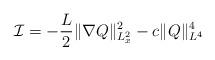
LaTeX: \begin{align*}\mathcal{I}=-\frac{L}{2}\|\nabla Q\|_{L^2_x}^2-c\|Q\|_{L^4}^4\end{align*}